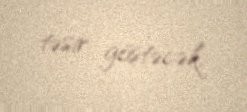
təsir göstəcək.